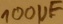
Text: 100µF